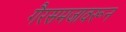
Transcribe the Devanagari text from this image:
गैरसमजावरून